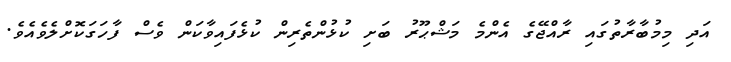
އަދި މިމުބާރާތުގައި ރާއްޖޭގެ އެންމެ މަޝްޙޫރު ބަށި ކުޅުންތެރިން ކުޅެފައިވާކަން ވެސް ފާހަގަކޮށްލެވެއެވެ.